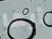
أيها